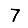
Digit: 7